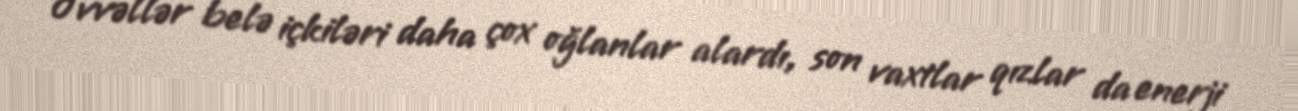
Əvvəllər belə içkiləri daha çox oğlanlar alardı, son vaxtlar qızlar da enerji